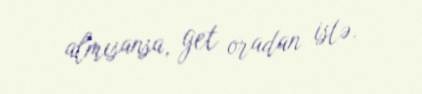
almısansa, get oradan istə.